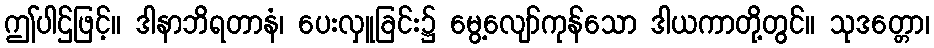
ဤပါဌ်ဖြင့်။ ဒါနာဘိရတာနံ၊ ပေးလှူခြင်း၌ မွေ့လျော်ကုန်သော ဒါယကာတို့တွင်။ သုဒတ္တော၊